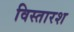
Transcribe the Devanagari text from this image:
विस्तारश